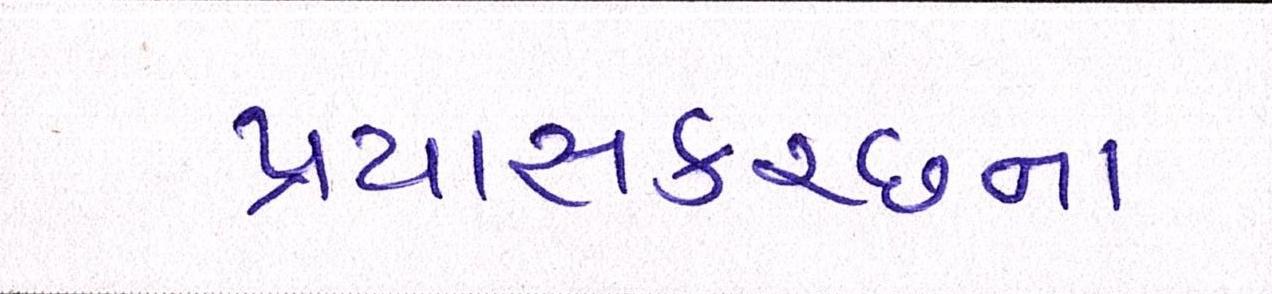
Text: પ્રયાસકચ્છના